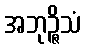
အဘုဉ္ဇိသံ